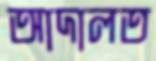
আদালত